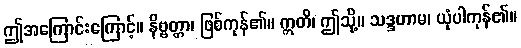
ဤအကြောင်းကြောင့်။ နိဗ္ဗတ္တာ၊ ဖြစ်ကုန်၏။ ဣတိ၊ ဤသို့။ သဒ္ဒဟာမ၊ ယုံပါကုန်၏။